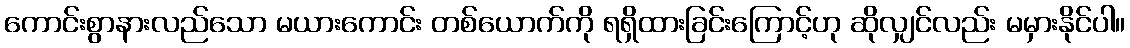
ကောင်းစွာနားလည်သော မယားကောင်း တစ်ယောက်ကို ရရှိထားခြင်းကြောင့်ဟု ဆိုလျှင်လည်း မမှားနိုင်ပါ။